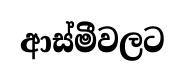
ආස්මීවලට